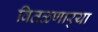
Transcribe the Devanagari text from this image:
वितळणार्‍या